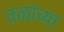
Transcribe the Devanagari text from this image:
तळांच्या